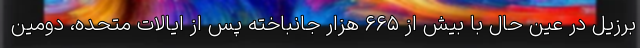
برزیل در عین حال با بیش از ۶۶۵ هزار جانباخته پس از ایالات متحده، دومین